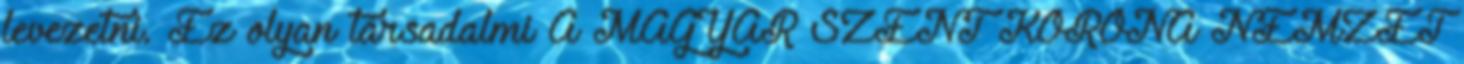
levezetni. Ez olyan társadalmi A MAGYAR SZENT KORONA NEMZET